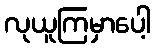
လုယူကြမှာပေါ့